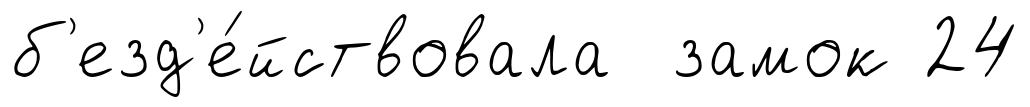
б'езд'е́йствовала замок 24